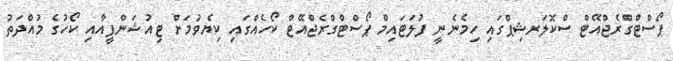
ޕޯސްޓްގްރެޖްއޭޓް ސްކޮލަރޝިޕްގައި ހިމެނެނީ ފުލަޓައިމް ޕޯސްޓްގްރެޖްއޭޓް ކޯހެއްގައި ކިޔެވުމަށް ޓިއުޝަންފީއާއި ކޯހުގެ މުއްދަތު